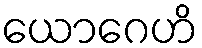
ယောဂေဟိ